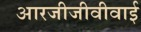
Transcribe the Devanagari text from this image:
आरजीजीवीवाई